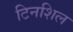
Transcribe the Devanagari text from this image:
टिनशिल